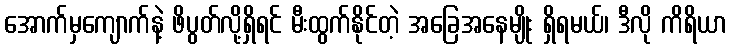
အောက်မှကျောက်နဲ့ ဖိပွတ်လို့ရှိရင် မီးထွက်နိုင်တဲ့ အခြေအနေမျိုး ရှိရမယ်၊ ဒီလို ကိရိယာ